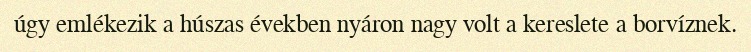
úgy emlékezik a húszas években nyáron nagy volt a kereslete a borvíznek.